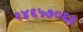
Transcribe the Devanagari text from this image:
२४६५७०६३